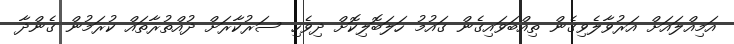
އަމިއްލައަށް އަރުވާލެވިގެން ތިއްބަވައިގެން ގައުމު ހަލަބޮލިކޮށް ދިވެހި ސަރުކާރަށް ދުއްތުރާތައް ކުރަމުން ގެންދާ